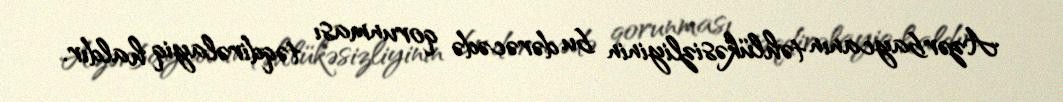
Azərbaycanın təhlükəsizliyinin bu dərəcədə qorunması təqdirəlayiq haldır.